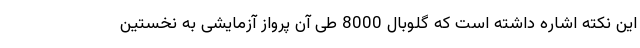
این نکته اشاره داشته است که گلوبال 8000 طی آن پرواز آزمایشی به نخستین